Vaccination in the Punjab 1905-1918 - 1905-1918
Year: 1905
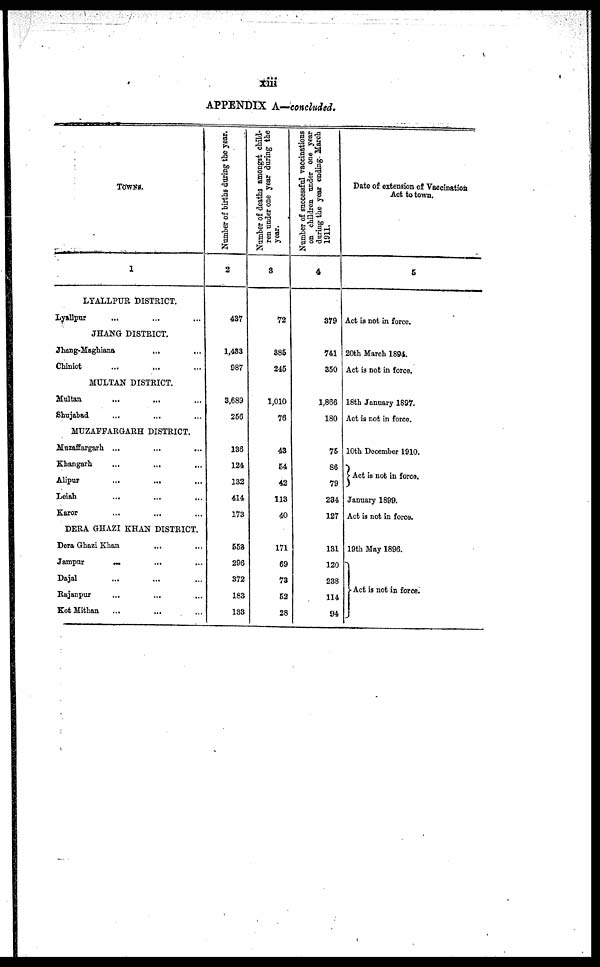
xiii
APPENDIX A.—concluded.
TOWNS.
1
LYALLPUR DISTRICT.
Lyallpur ... ... ...
JHANG DISTRICT.
Jhang-Maghiana
... ...
Chiniot ... ... ...
MULTAN DISTRICT.
Multan ... ... ...
Shujabad ... ... ...
MUZAFFARGARH DISTRICT.
Muzaffargarh ...
...
...
Khangarh ... ... ...
Alipur
...
...
...
Leiah
... ... ...
Karor ... ... ...
DERA GHAZI KHAN DISTRICT.
Dera Ghazi Khan ... ...
Jampur
... ... ...
Dajal ... ... ...
Rajanpur ... ... ...
Kot Mithan
...
... ...
Number of births during the year.
2
437
1,433
987
3,689
256
136
124
132
414
173
553
296
372
183
133
Number of deaths amongst child-
ren under one year during the
year.
3
72
385
245
1,010
76
43
54
42
113
40
171
69
73
52
28
Number of successful vaccinations
on children under one year
during the year ending March
1911.
4
379
741
350
1,866
180
75
86
79
284
127
131
120
238
114
94
Date of extension of Vaccination
Act to town.
5
Act is not in force.
20th March 1894.
Act is not in force.
18th January 1897.
Act is not in force.
10th December 1910.
Act is not in force.
January 1899.
Act is not in force.
19th May 1896.
Act is not in force.